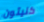
كليتون